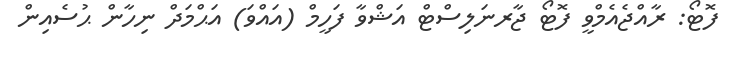
ފޮޓޯ: ރާއްޖެއެމްވީ ފޮޓޯ ޖާރނަލިސްޓް އަޝްވާ ފަހީމް (އައްވަ) އަޙްމަދް ނިހާން ޙުސެއިން